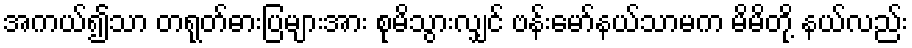
အကယ်၍သာ တရုတ်ဓားပြများအား စုမိသွားလျှင် ဗန်းမော်နယ်သာမက မိမိတို့ နယ်လည်း